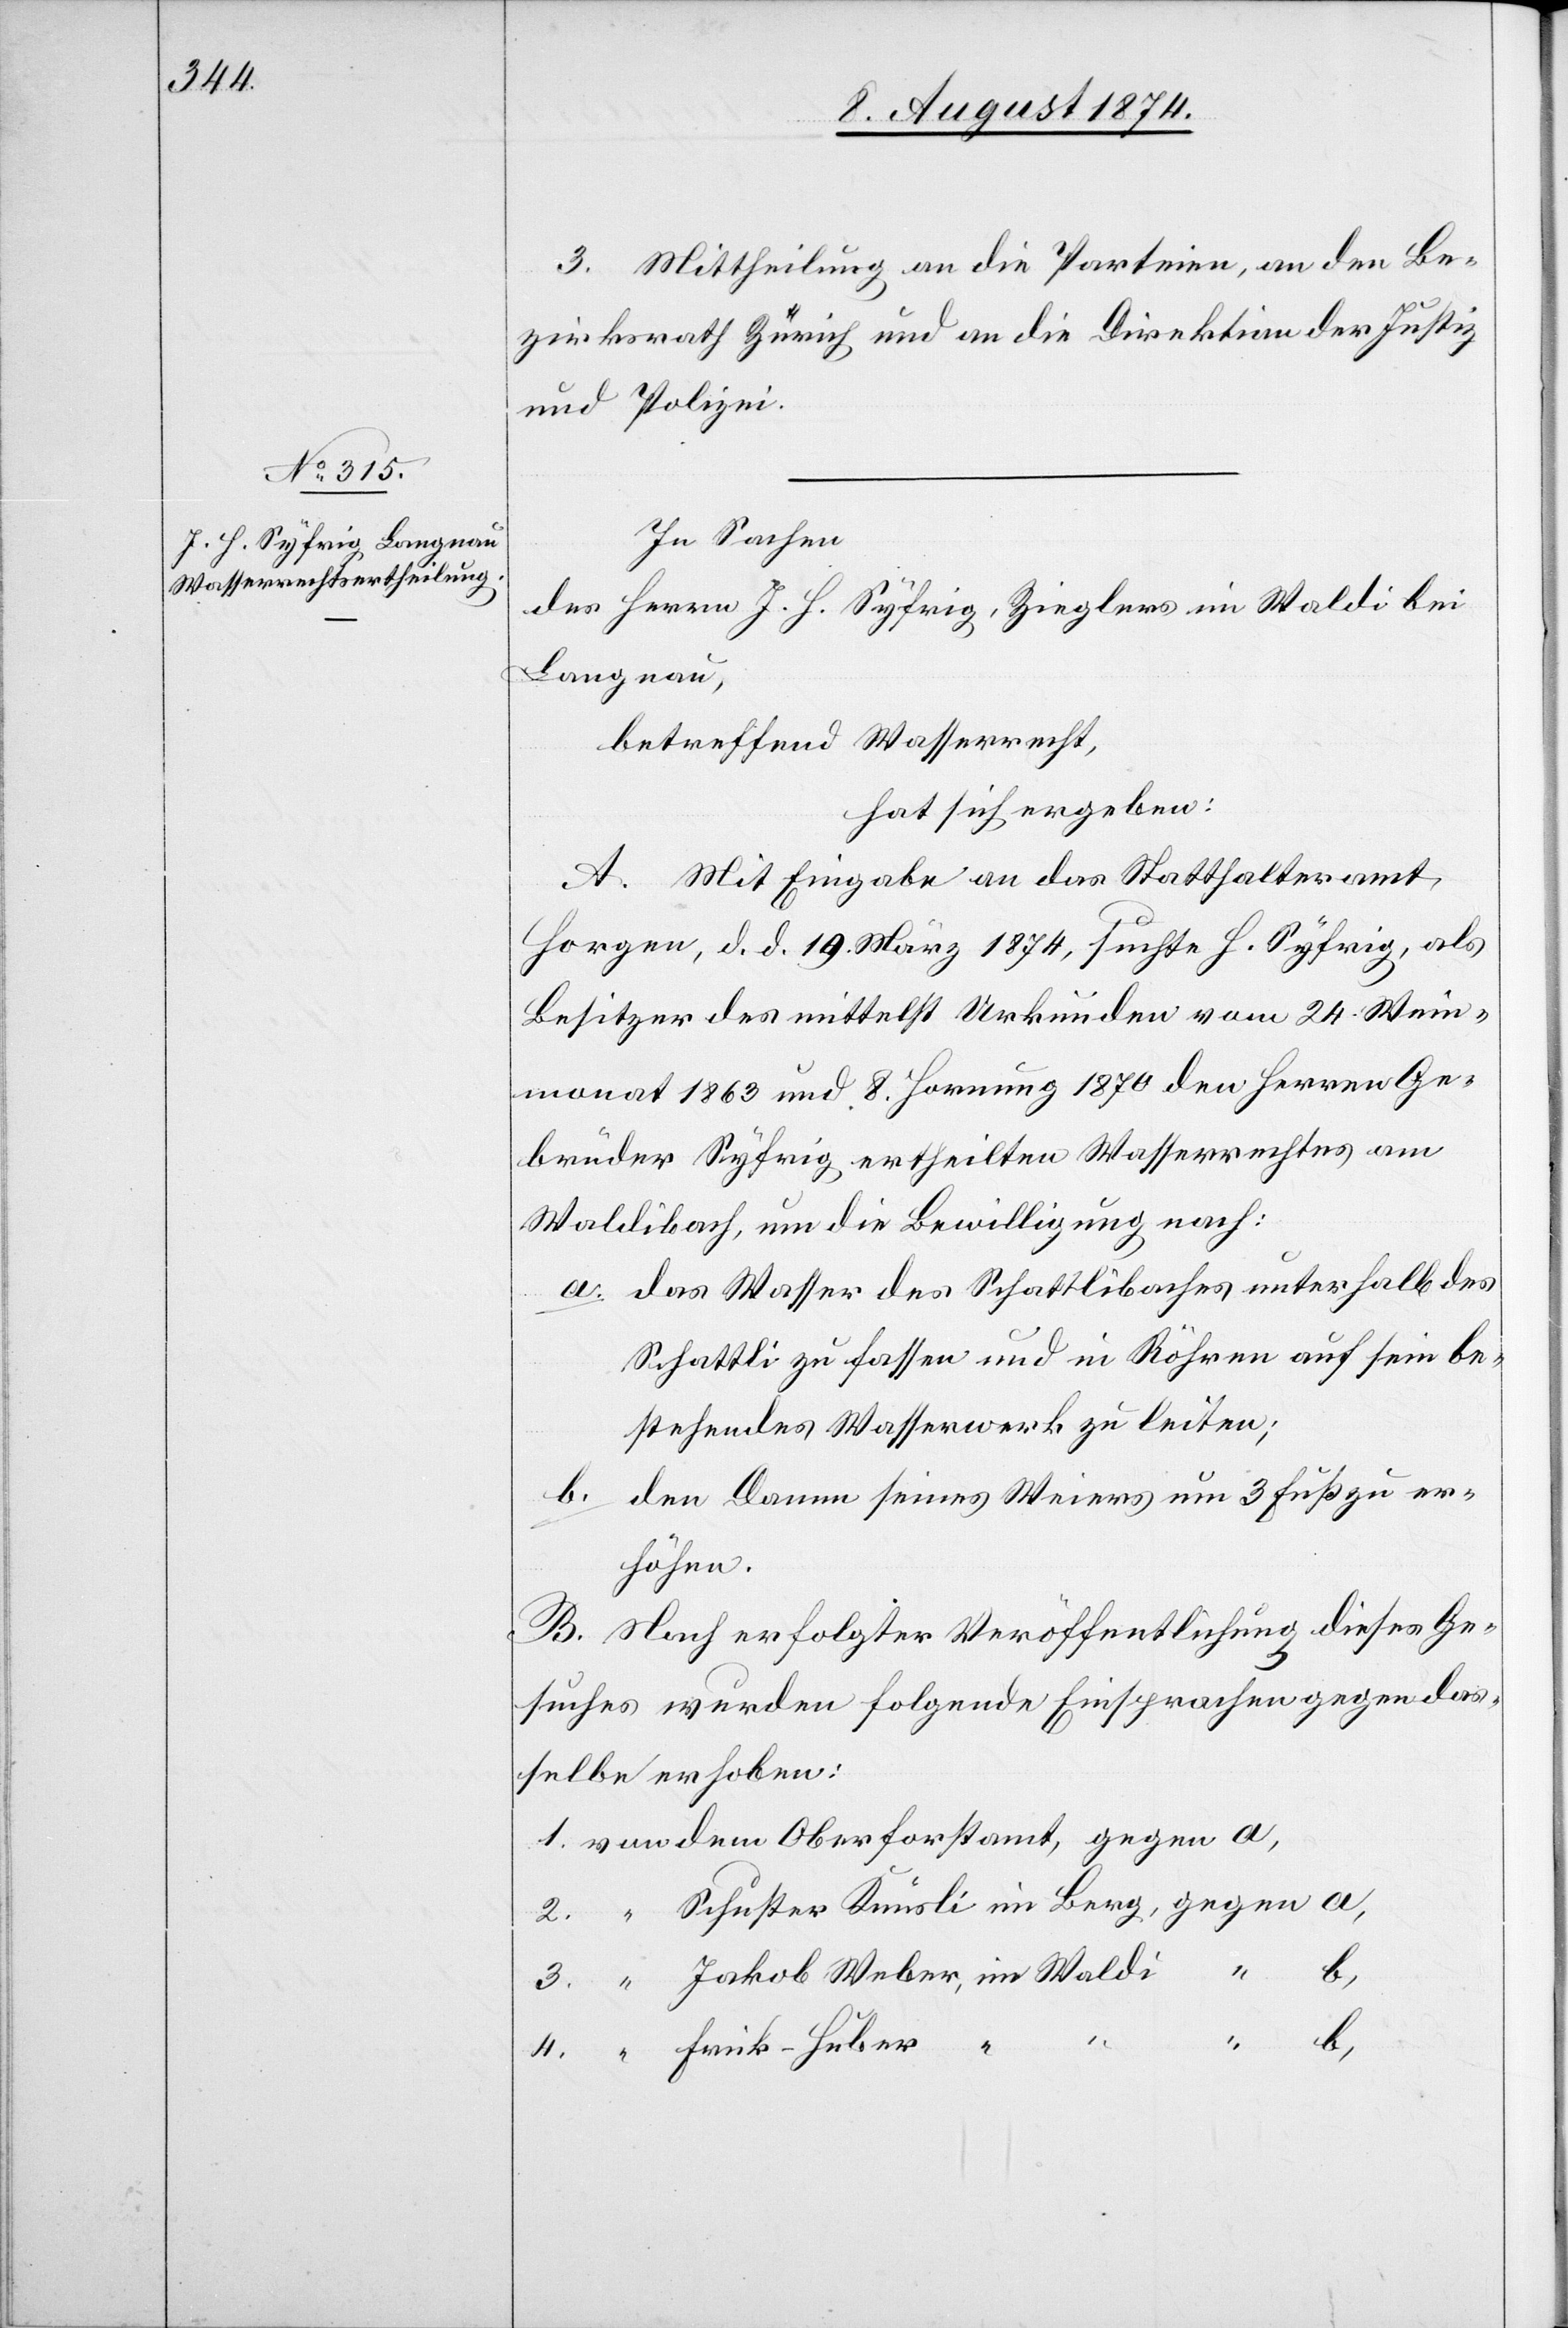
3. Mittheilung an die Parteien, an den Be¬
zirksrath Zürich und an die Direktion der Justiz
und Polizei.
In Sachen
des Herrn J. H. Syfrig, Zieglers in Waldi bei
Langnau,
betreffend Wasserrecht,
hat sich ergeben:
A. Mit Eingabe an das Statthalteramt
Horgen, d. d. 19. März 1874, suchte H. Syfrig, als
Besitzer des mittelst Urkunden vom 24. Wein¬
monat 1863 und 8. Hornung 1870 den Herren Ge¬
brüder Syfrig ertheilten Wasserrechtes am
Waldibach, um die Bewilligung nach:
a. das Wasser des Schattlibaches unterhalb des
Schattli zu fassen und in Röhren auf sein be¬
stehendes Wasserwerk zu leiten;
b. den Damm seines Weiers um 3 Fuß zu er¬
höhen.
B. Nach erfolgter Veröffentlichung dieses Ge¬
suches wurden folgende Einsprachen gegen das¬
selbe erhoben: